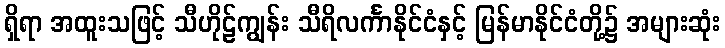
ရှိရာ အထူးသဖြင့် သီဟိုဠ်ကျွန်း သီရိလင်္ကာနိုင်ငံနှင့် မြန်မာနိုင်ငံတို့၌ အများဆုံး